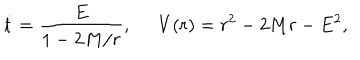
\dot { t } = \frac { E } { 1 - 2 M / r } , \; \; V ( r ) = r ^ { 2 } - 2 M r - E ^ { 2 } ,